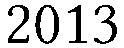
2013